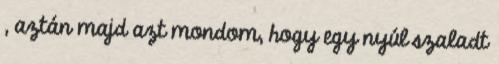
, aztán majd azt mondom, hogy egy nyúl szaladt